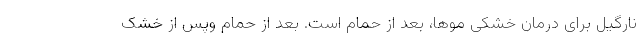
نارگیل برای درمان خشکی موها، بعد از حمام است. بعد از حمام وپس از خشک